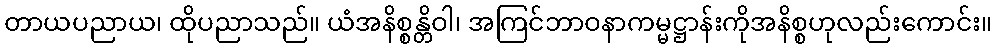
တာယပညာယ၊ ထိုပညာသည်။ ယံအနိစ္စန္တိဝါ၊ အကြင်ဘာဝနာကမ္မဋ္ဌာန်းကိုအနိစ္စဟုလည်းကောင်း။